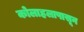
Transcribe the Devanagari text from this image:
कोलाहलापासून